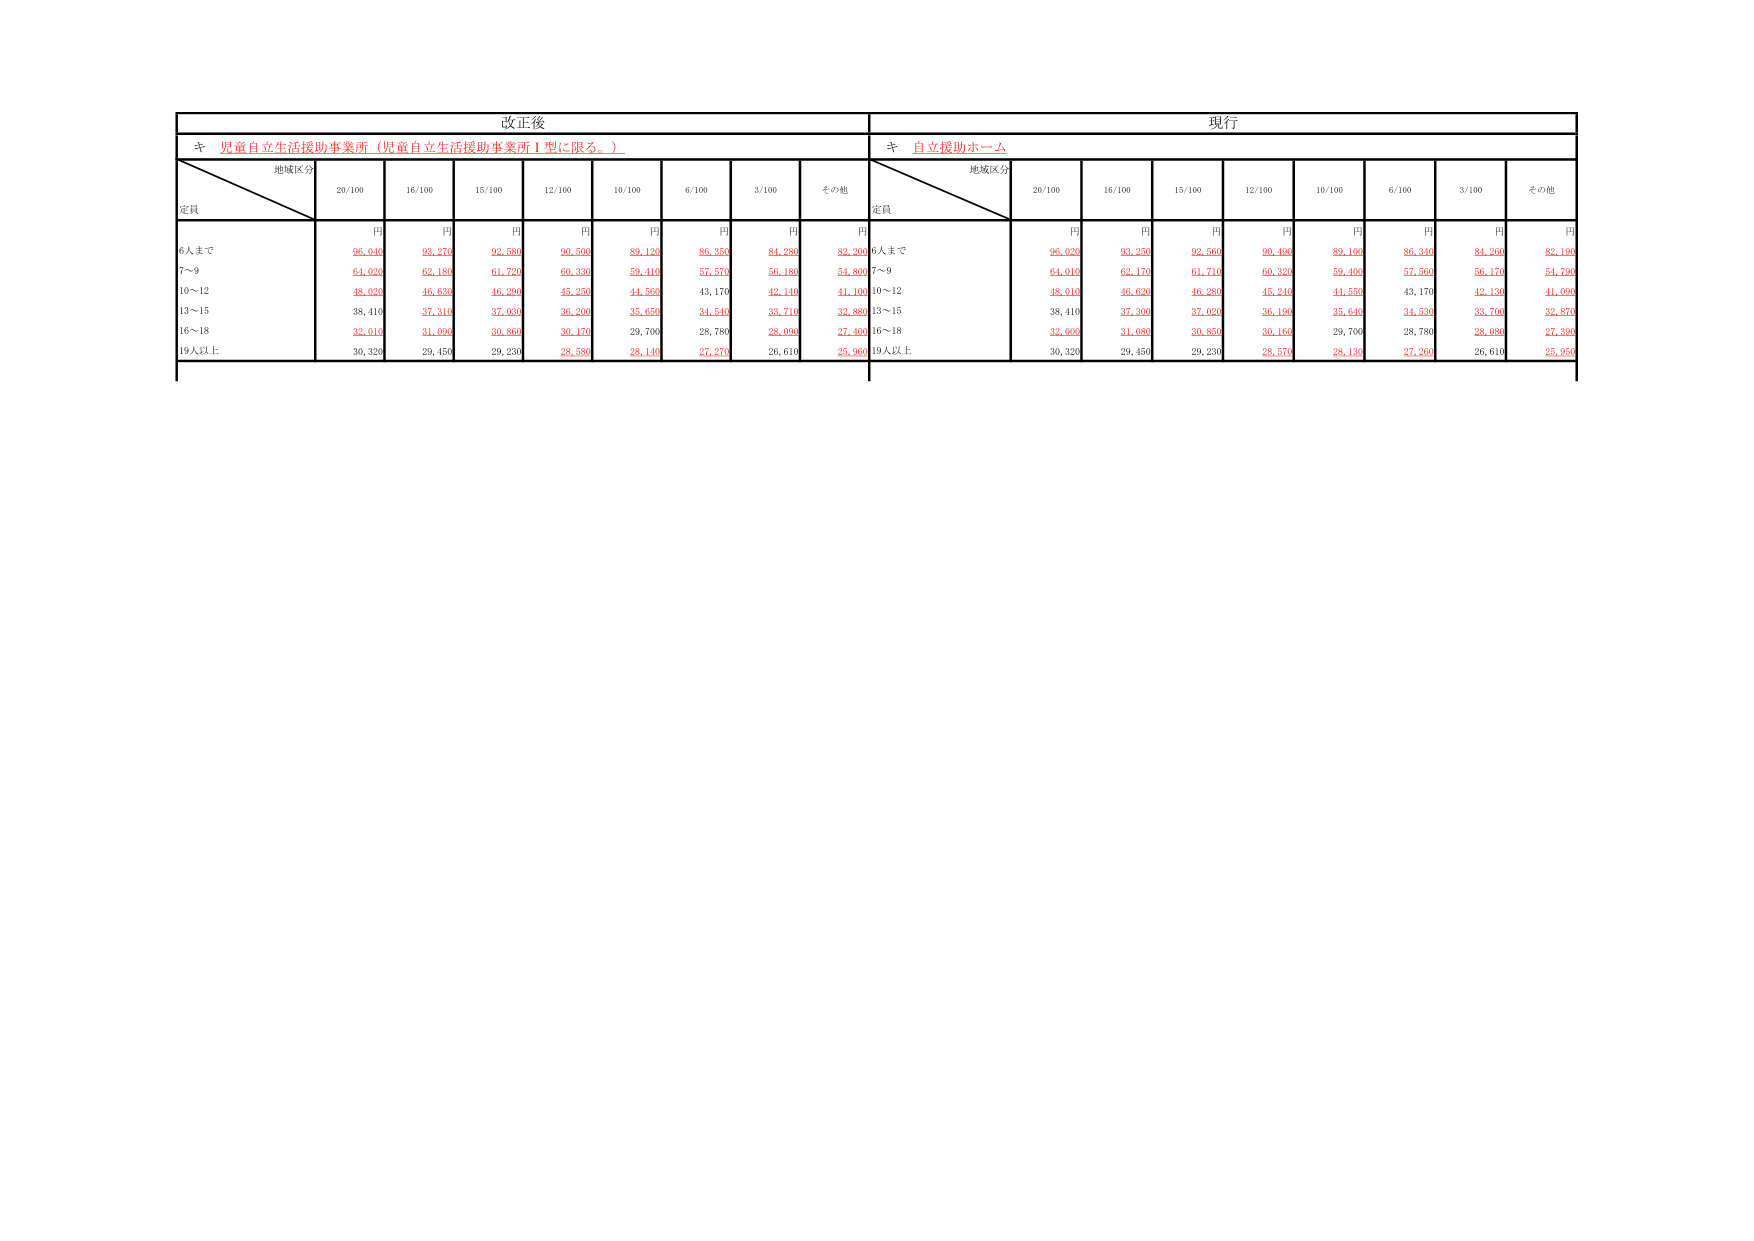
改正後
キ 児童自立生活援助事業所（児童自立生活援助事業所Ⅰ型に限る。）
地域区分
定員
20/100
16/100
15/100
12/100
10/100
6/100
3/100
その他
円
円
円
円
円
円
円
円
6人まで
96,040
93,270
92,580
90,500
89,120
86,350
84,280
82,200
7～9
64,020
62,180
61,720
60,330
59,110
57,570
56,180
54,800
10～12
48,020
46,630
46,290
45,250
44,560
43,170
42,140
41,100
13～15
38,410
37,310
37,030
36,200
35,650
34,540
33,710
32,880
16～18
32,010
31,090
30,860
30,170
29,700
28,780
28,090
27,400
19人以上
30,320
29,450
29,230
28,580
28,140
27,270
26,610
25,960
現行
キ 自立援助ホーム
地域区分
定員
20/100
16/100
15/100
12/100
10/100
6/100
3/100
その他
円
円
円
円
円
円
円
円
6人まで
96,020
93,250
92,560
90,490
89,100
86,340
84,200
82,190
7～9
64,010
62,170
61,710
60,320
59,400
57,560
56,170
54,790
10～12
48,010
46,620
46,280
45,240
44,550
43,170
42,130
41,090
13～15
38,410
37,300
37,020
36,190
35,640
34,530
33,700
32,870
16～18
32,000
31,080
30,850
30,160
29,700
28,780
28,080
27,390
19人以上
30,320
29,450
29,230
28,570
28,130
27,260
26,610
25,950